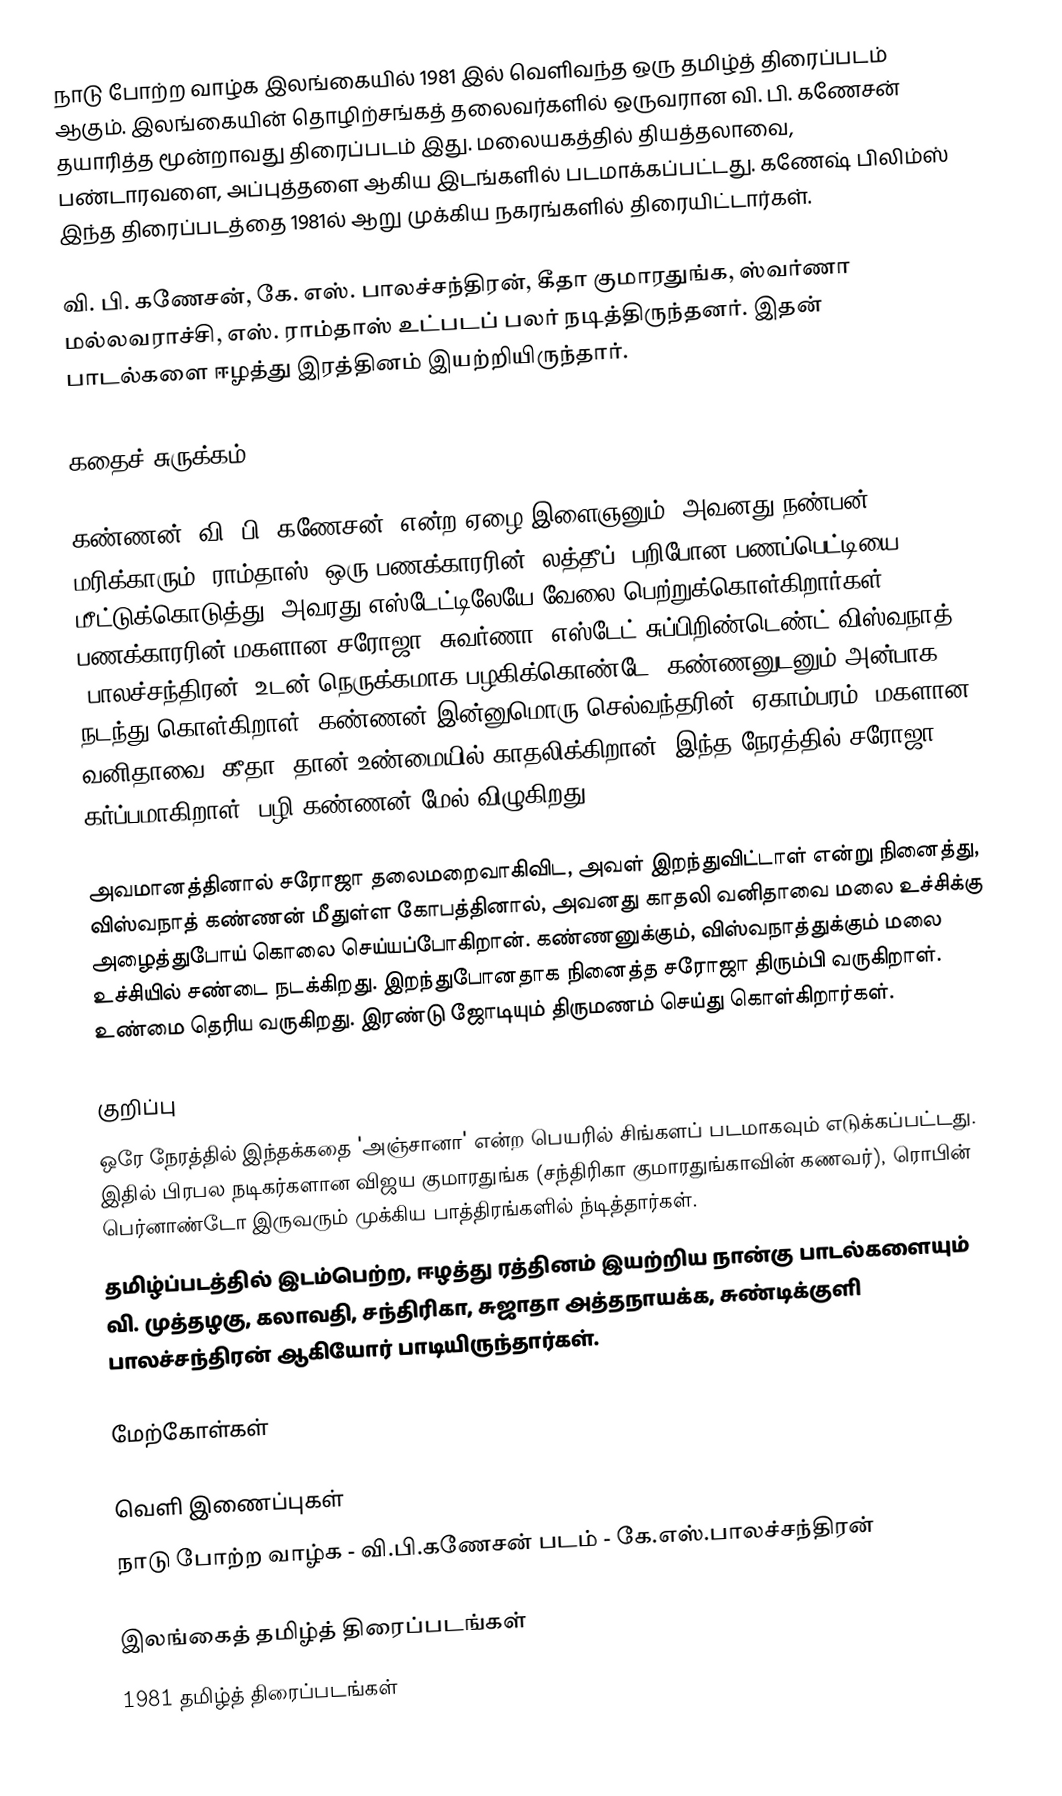
நாடு போற்ற வாழ்க இலங்கையில் 1981 இல் வெளிவந்த ஒரு தமிழ்த் திரைப்படம் ஆகும். இலங்கையின் தொழிற்சங்கத் தலைவர்களில் ஒருவரான வி. பி. கணேசன் தயாரித்த மூன்றாவது திரைப்படம் இது. மலையகத்தில் தியத்தலாவை, பண்டாரவளை, அப்புத்தளை ஆகிய இடங்களில் படமாக்கப்பட்டது. கணேஷ் பிலிம்ஸ் இந்த திரைப்படத்தை 1981ல் ஆறு முக்கிய நகரங்களில் திரையிட்டார்கள்.

வி. பி. கணேசன், கே. எஸ். பாலச்சந்திரன், கீதா குமாரதுங்க, ஸ்வர்ணா மல்லவராச்சி, எஸ். ராம்தாஸ் உட்படப் பலர் நடித்திருந்தனர். இதன் பாடல்களை ஈழத்து இரத்தினம் இயற்றியிருந்தார்.

கதைச் சுருக்கம்

கண்ணன் (வி. பி. கணேசன்) என்ற ஏழை இளைஞனும், அவனது நண்பன் மரிக்காரும் (ராம்தாஸ்) ஒரு பணக்காரரின் (லத்தீப்) பறிபோன பணப்பெட்டியை மீட்டுக்கொடுத்து, அவரது எஸ்டேட்டிலேயே வேலை பெற்றுக்கொள்கிறார்கள். பணக்காரரின் மகளான சரோஜா (சுவர்ணா) எஸ்டேட் சுப்பிறிண்டெண்ட் விஸ்வநாத்  (பாலச்சந்திரன்) உடன் நெருக்கமாக பழகிக்கொண்டே, கண்ணனுடனும் அன்பாக நடந்து கொள்கிறாள். கண்ணன் இன்னுமொரு செல்வந்தரின் (ஏகாம்பரம்) மகளான வனிதாவை (கீதா) தான் உண்மையில் காதலிக்கிறான். இந்த நேரத்தில் சரோஜா கர்ப்பமாகிறாள். பழி கண்ணன் மேல் விழுகிறது.

அவமானத்தினால் சரோஜா தலைமறைவாகிவிட, அவள் இறந்துவிட்டாள் என்று நினைத்து, விஸ்வநாத் கண்ணன் மீதுள்ள கோபத்தினால், அவனது காதலி வனிதாவை மலை உச்சிக்கு அழைத்துபோய் கொலை செய்யப்போகிறான். கண்ணனுக்கும், விஸ்வநாத்துக்கும் மலை உச்சியில் சண்டை நடக்கிறது. இறந்துபோனதாக நினைத்த சரோஜா திரும்பி வருகிறாள். உண்மை தெரிய வருகிறது. இரண்டு ஜோடியும் திருமணம் செய்து கொள்கிறார்கள்.

குறிப்பு
 ஒரே நேரத்தில் இந்தக்கதை 'அஞ்சானா' என்ற பெயரில் சிங்களப் படமாகவும் எடுக்கப்பட்டது. இதில் பிரபல நடிகர்களான விஜய குமாரதுங்க (சந்திரிகா குமாரதுங்காவின் கணவர்), ரொபின் பெர்னாண்டோ இருவரும் முக்கிய பாத்திரங்களில் ந்டித்தார்கள்.
 தமிழ்ப்படத்தில் இடம்பெற்ற, ஈழத்து ரத்தினம் இயற்றிய நான்கு பாடல்களையும் வி. முத்தழகு, கலாவதி, சந்திரிகா, சுஜாதா அத்தநாயக்க, சுண்டிக்குளி பாலச்சந்திரன் ஆகியோர் பாடியிருந்தார்கள்.

மேற்கோள்கள்

வெளி இணைப்புகள்
  நாடு போற்ற வாழ்க - வி.பி.கணேசன் படம் -  கே.எஸ்.பாலச்சந்திரன்

இலங்கைத் தமிழ்த் திரைப்படங்கள்
1981 தமிழ்த் திரைப்படங்கள்